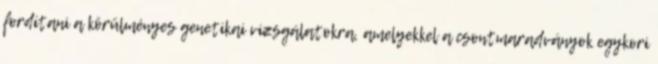
fordítani a körülményes genetikai vizsgálatokra, amelyekkel a csontmaradványok egykori